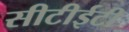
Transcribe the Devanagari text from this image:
सीटीईटी